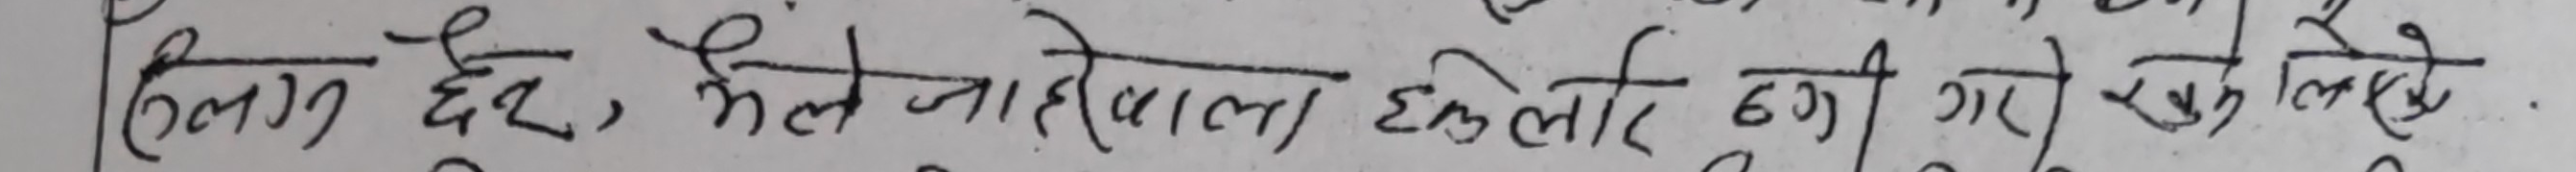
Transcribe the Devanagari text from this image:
अलग छै, झैले जाहीवाल इलाही छडी गरि गुले लेते.